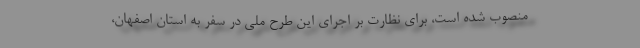
منصوب شده است، برای نظارت بر اجرای این طرح ملی در سفر به استان اصفهان،